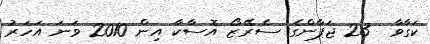
ކަގާވާ  23 ޖަޕާންގެ ސެރޭޒޯ އޮސާކާ އިން 2010 ވަނަ އަހަރު